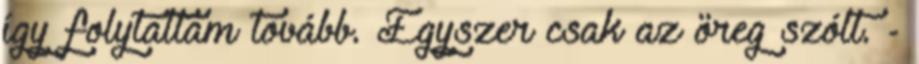
így folytattam tovább. Egyszer csak az öreg szólt. -